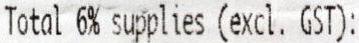
TOTAL 6% SUPPLIES (EXCL. GST):